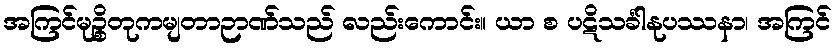
အကြင်မုဉ္စိတုကမျတာဉာဏ်သည် လည်းကောင်း။ ယာ စ ပဋိသင်္ခါနုပဿနာ၊ အကြင်